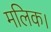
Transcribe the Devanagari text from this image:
मलिक।